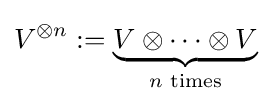
V^{\otimes n}:=\underbrace {V\otimes \cdots \otimes V} _{n{\text{ times}}}